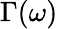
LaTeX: \Gamma(\omega)